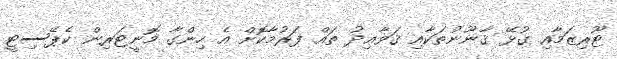
ޓޫރިޒަމާއި ގުޅޭ ޤާނޫނުތަކާއި ޤަވާޢިދު ތައް ފަރުމާކޮށް އެ ހިންގާ މޮނީޓަރިން ކެޕޭސިޓީ